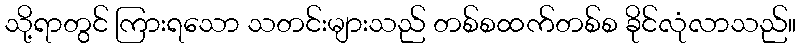
သို့ရာတွင် ကြားရသော သတင်းများသည် တစ်စထက်တစ်စ ခိုင်လုံလာသည်။